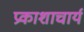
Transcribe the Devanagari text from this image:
प्रकाशाचार्य